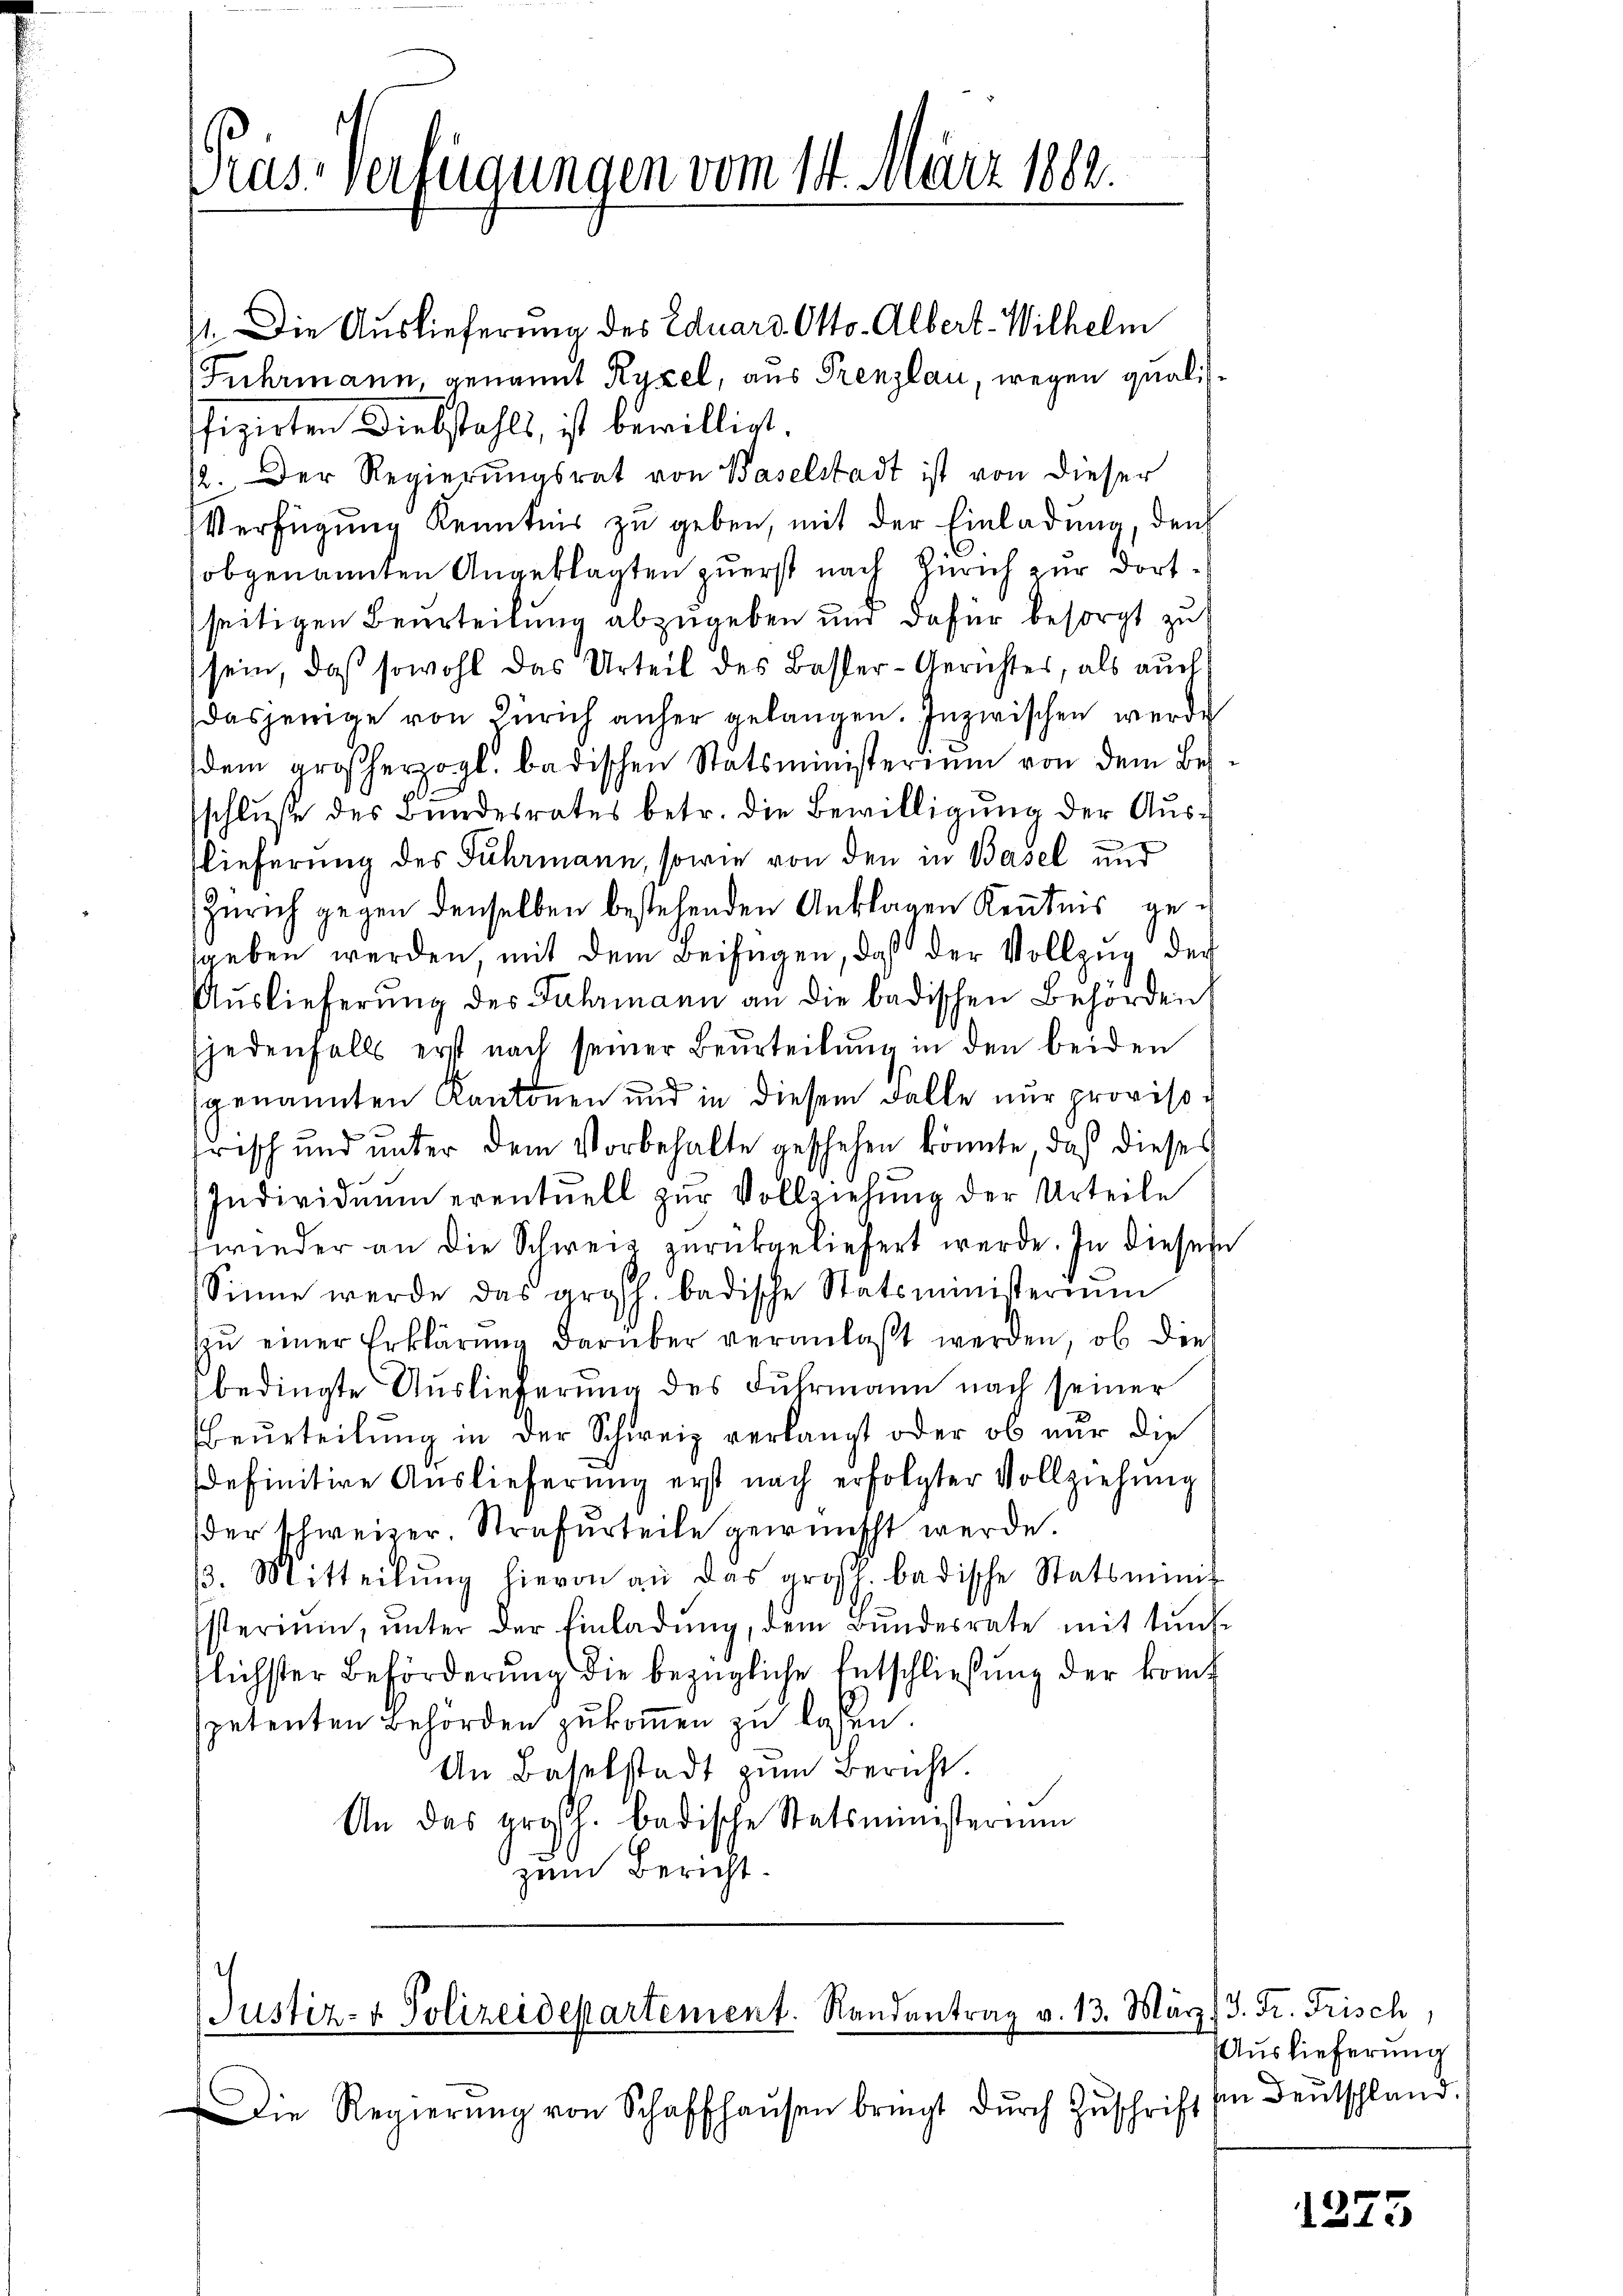
Pas-Verfügungen vom 14. März 1882.

1. Die Auslieferung des Eduard Otto. Albert-Wilhelm
Fuhrmann, genannt Ryxel, aus Prenzlau, wegen qualisfizirten Diebstahls, ist bewilligt
12. Der Regierungsrat von Baselstadt ist von dieser
Verfügung Kenntnis zu geben, mit der Einladung, den
obgenannten Angeklagten zuerst nach Zürich zur dortseitigen Beurteilung abzugeben und dafür besorgt zu
sein, daß sowohl das Urteil des Basser-Gerichter, als auch
dasjenige von Zürich anher gelangen. Inzwischen werde
dem großherzogl. badischen Statsministerium von dem Be-
sschluße des Bundesrates betr. die Bewilligung der Ausflieferung des Fuhrmann, sowie von den in Basel und
Zürich gegen denselben bestehenden Anklagen Kenntnis gegeben werden, mit dem Beifügen, daß der Vollzug der
Auslieferung des Fuhrmann an die badischen Behörden
jedenfalls erst nach seiner Beurteilung in den beiden
genannten Kantonen und in diesem Falle nur provisofrisch und unter dem Vorbehalte geschehen könnte, daß dieses
Individuum eventuell zur Vollziehung der Urteile
wieder an die Schweiz zurückgeliefert werde. In dieses
Sinne werde das argsh. badische Statsministerium
zŭ einer Erklärŭng darüber veranlaßt werden, ob dies
bedingte Auslieferung des Fuhrmann nach seiner
Beurteilung in der Schweiz verlangt oder ob nur die
sdefinitive Auslieferung erst nach erfolgter Vollziehung
der schweizer. Strafurteile gewünscht werde.
β. Mitteilŭng hievon an das großh. badische Statsminis
sterium, ŭnter der Einladŭng, dem Bundesrate mit tunde
lichster Beförderung die bezügliche Entschließung der komt
petenten Behörden zukommen zu lassen.
An Baselstadt zum Bericht.
An das großh. badische Statsministerium
zum Bericht.

Justiz- & Polizeidepartement. Randantrag v. 13. März) J. Fr. Frisch,

Die Regierŭng von Schaffhaŭsen bringt dŭrch Zŭschrift

Auslieferung
an Deutschland.

1275